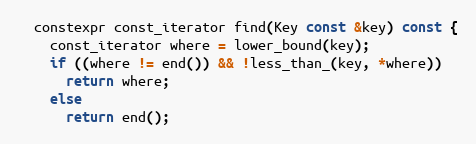
Language: C
  constexpr const_iterator find(Key const &key) const {
    const_iterator where = lower_bound(key);
    if ((where != end()) && !less_than_(key, *where))
      return where;
    else
      return end();